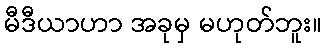
မီဒီယာဟာ အခုမှ မဟုတ်ဘူး။